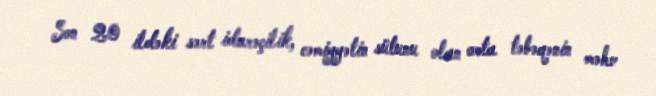
Son 20 ildəki sərt idarəçilik, cəmiyyətin sütunu olan orta təbəqənin məhv